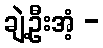
ချဲ့ဦးအံ့ -